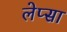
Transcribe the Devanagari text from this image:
लेप्सा